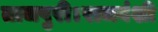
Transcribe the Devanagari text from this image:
ताजपुरी।राजवंशी